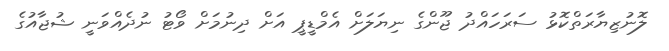
ލޮނުޒިޔާރަތްކޮޅު ސަރަހައްދު ޖޫންގެ ނިޔަލަށް އެމްޑީޕީ އަށް ދިނުމަށް ވޯޓު ނުދެއްވަނީ ޝުޖާއުގެ